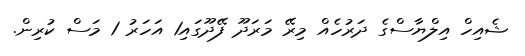
ޝެއިހް އިލްޔާސްގެ ދަރުހެއް މިރޭ މަރަދޫ ފޭދޫގައި1 އަހަރު 1 މަސް ކުރިން.